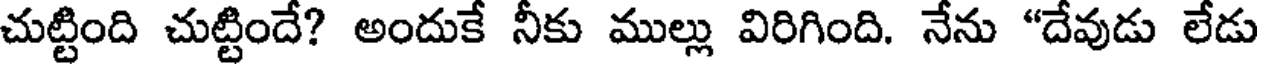
చుట్టింది చుట్టిందే? అందుకే నీకు ముల్లు విరిగింది. నేను "దేవుడు లేడు